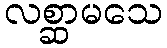
လစ္ဆာမသေ